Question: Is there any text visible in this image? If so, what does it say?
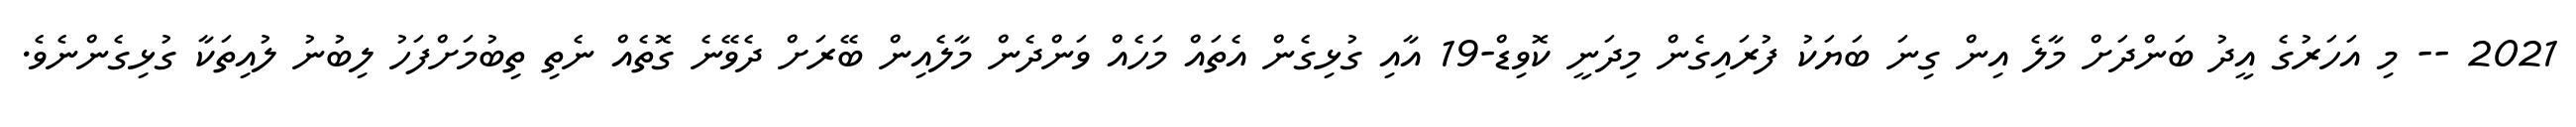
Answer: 2021 -- މި އަހަރުގެ އީދު ބަންދަށް މާލެ އިން ގިނަ ބަޔަކު ފުރައިގެން މިދަނީ ކޮވިޑް-19 އާއި ގުޅިގެން އެތައް މަހެއް ވަންދެން މާލެއިން ބޭރަށް ދެވޭނެ ގޮތެއް ނެތި ތިބުމަށްފަހު ލިބުނު ލުއިތަކާ ގުޅިގެންނެވެ.